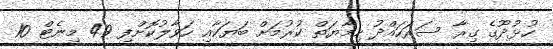
ހުޅުދޫގެ ގިރާ ސަރަހައްދު ހިމާޔަތް ކުރުމަށް ބަޔަކާއި ހަވާލުކޮށްފި 49 މިނެޓް 10